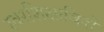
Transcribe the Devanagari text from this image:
स्वरशिक्षाविदों